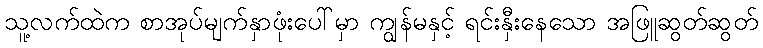
သူ့လက်ထဲက စာအုပ်မျက်နှာဖုံးပေါ်မှာ ကျွန်မနှင့် ရင်းနှီးနေသော အဖြူဆွတ်ဆွတ်